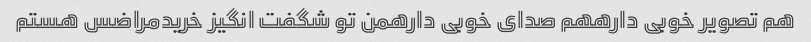
هم تصویر خوبی دارههم صدای خوبی دارهمن تو شگفت انگیز خریدمراضس هستم